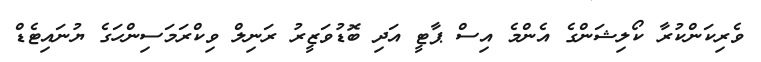
ވެރިކަންކުރާ ކޯލިޝަންގެ އެންމެ އިސް ޕާޓީ އަދި ބޮޑުވަޒީރު ރަނިލް ވިކްރަމަސިންހަގެ ޔުނައިޓެޑް